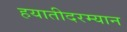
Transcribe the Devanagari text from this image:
हयातीदरम्यान